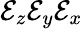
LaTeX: \mathcal{E}_{z}\mathcal{E}_{y}\mathcal{E}_{x}